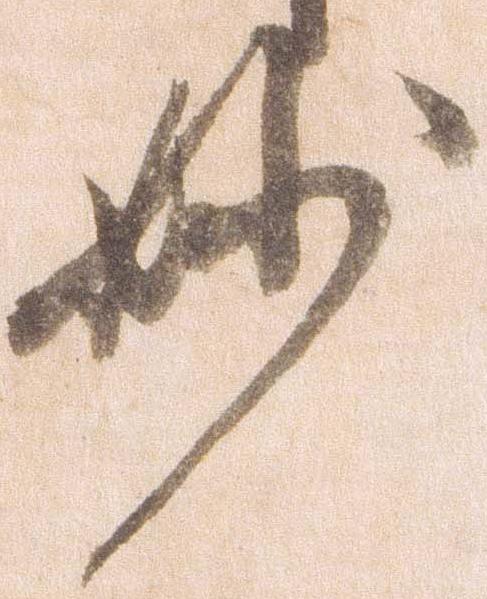
妙